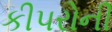
કીપરોની